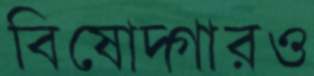
বিষোদ্গারও